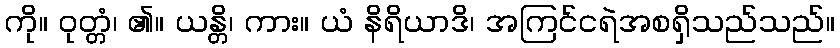
ကို။ ဝုတ္တံ၊ ၏။ ယန္တိ၊ ကား။ ယံ နိရိယာဒိ၊ အကြင်ငရဲအစရှိသည်သည်။